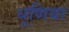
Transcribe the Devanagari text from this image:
धूणिया